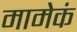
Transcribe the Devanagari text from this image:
मामेकं